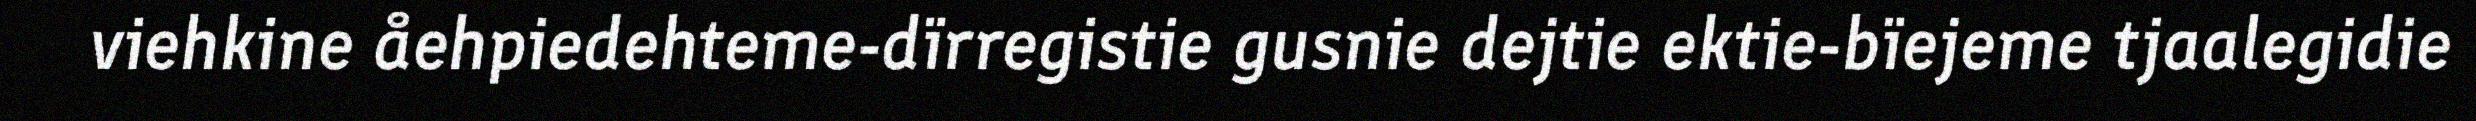
viehkine åehpiedehteme-dïrregistie gusnie dejtie ektie-bïejeme tjaalegidie